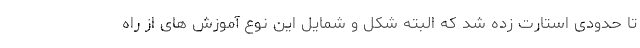
تا حدودی استارت زده شد که البته شکل و شمایل این نوع آموزش های از راه